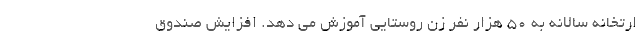
ارتخانه سالانه به ۵۰ هزار نفر زن روستایی آموزش می دهد. افزایش صندوق